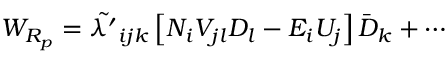
{ \cal W } _ { R _ { p } } = \tilde { \lambda ^ { \prime } } _ { i j k } \left[ N _ { i } V _ { j l } D _ { l } - E _ { i } U _ { j } \right] \bar { D } _ { k } + \cdots ~